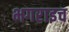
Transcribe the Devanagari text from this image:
भगराइच